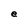
Character: e